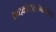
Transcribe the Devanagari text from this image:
शब्दकोशरचनाशास्त्र